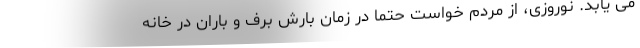
می یابد. نوروزی، از مردم خواست حتما در زمان بارش برف و باران در خانه